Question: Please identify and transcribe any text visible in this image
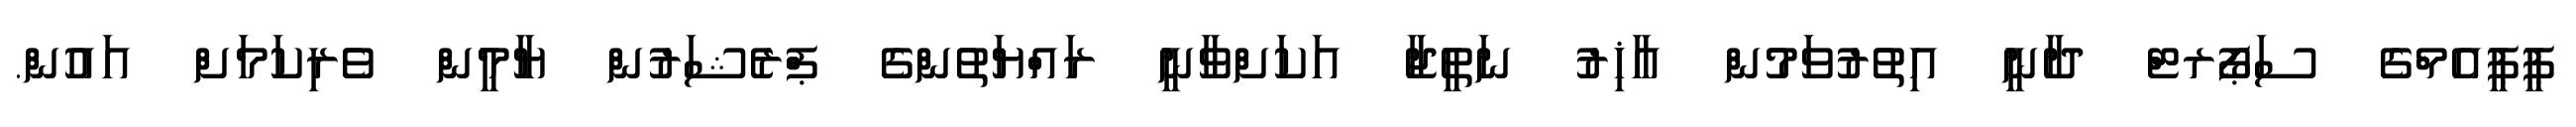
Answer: ޕީޕީއެމްގެ ސަޕޯރޓް ދާނީ އިތުރުވަމުން އާޚިރު ނަތީޖާ އަކަށްވާނީ ރައްޔަތުންގެ ޕްރެޝަރުން ޔާމީން ވެރިކަމަށް އައުން.